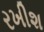
રખીશ